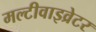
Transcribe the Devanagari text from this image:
मल्टीवाइव्रेटर